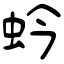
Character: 蚙